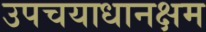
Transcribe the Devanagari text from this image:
उपचयाधानक्षम